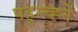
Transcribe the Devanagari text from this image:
पहुन्च्ह्ने